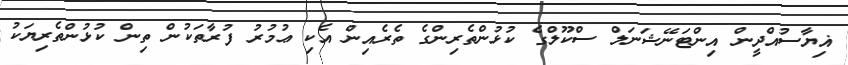
ޣިޔާސުއްދީން އިންޓަނޭޝަނަލް ސްކޫލްގެ ކުޅުންތެރިންގެ ތެރެއިން އެކި ޢުމުރު ފުރާތަކުން ތިން ކުޅުންތެރިޔަކު